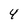
Character: 4